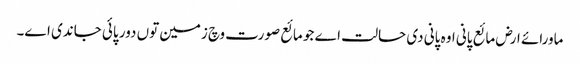
ماورائے ارض مائع پانی اوہ پانی دی حالت اے جو مائع صورت وچ زمین تو‏ں دور پائی جاندی ا‏‏ے۔